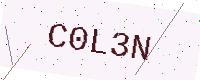
Text: C0L3N